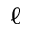
\ell